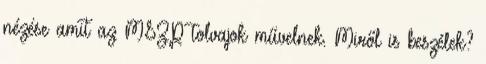
nézése amit az MSZP tolvajok művelnek. Miről is beszélek?